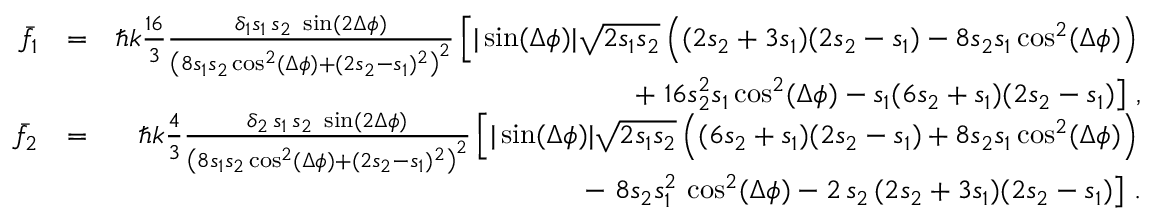
\begin{array} { r l r } { { \bar { f } } _ { 1 } } & { = } & { \hbar k \frac { 1 6 } { 3 } \frac { \delta _ { 1 } s _ { 1 } \, s _ { 2 } \, \, \sin ( 2 \Delta \phi ) } { \left( 8 s _ { 1 } s _ { 2 } \cos ^ { 2 } ( \Delta \phi ) + ( 2 s _ { 2 } - s _ { 1 } ) ^ { 2 } \right) ^ { 2 } } \left[ | \sin ( \Delta \phi ) | \sqrt { 2 s _ { 1 } s _ { 2 } } \left( ( 2 s _ { 2 } + 3 s _ { 1 } ) ( 2 s _ { 2 } - s _ { 1 } ) - 8 s _ { 2 } s _ { 1 } \cos ^ { 2 } ( \Delta \phi ) \right) \right. } \\ & { } & { + \left. 1 6 s _ { 2 } ^ { 2 } s _ { 1 } \cos ^ { 2 } ( \Delta \phi ) - s _ { 1 } ( 6 s _ { 2 } + s _ { 1 } ) ( 2 s _ { 2 } - s _ { 1 } ) \right] \, , } \\ { { \bar { f } } _ { 2 } } & { = } & { \hbar k \frac { 4 } { 3 } \frac { \delta _ { 2 } \, s _ { 1 } \, s _ { 2 } \, \, \sin ( 2 \Delta \phi ) } { \left( 8 s _ { 1 } s _ { 2 } \cos ^ { 2 } ( \Delta \phi ) + ( 2 s _ { 2 } - s _ { 1 } ) ^ { 2 } \right) ^ { 2 } } \left[ | \sin ( \Delta \phi ) | \sqrt { 2 s _ { 1 } s _ { 2 } } \left( ( 6 s _ { 2 } + s _ { 1 } ) ( 2 s _ { 2 } - s _ { 1 } ) + 8 s _ { 2 } s _ { 1 } \cos ^ { 2 } ( \Delta \phi ) \right) \right. } \\ & { } & { - \left. 8 s _ { 2 } s _ { 1 } ^ { 2 } \, \cos ^ { 2 } ( \Delta \phi ) - 2 \, s _ { 2 } \, ( 2 s _ { 2 } + 3 s _ { 1 } ) ( 2 s _ { 2 } - s _ { 1 } ) \right] \, . } \end{array}